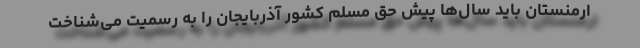
ارمنستان باید سال‌ها پیش حق مسلم کشور آذربایجان را به رسمیت می‌شناخت